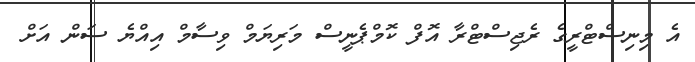
އެ މިނިސްޓްރީގެ ރެޖިސްޓްރާ އޮފް ކޮމްޕެނީސް މަރިޔަމް ވިސާމް އިއްޔެ ސަން އަށް